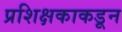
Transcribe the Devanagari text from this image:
प्रशिक्षकाकडून